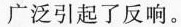
广泛引起了反响。